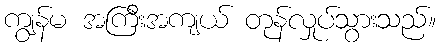
ကျွန်မ အကြီးအကျယ် တုန်လှုပ်သွားသည်။